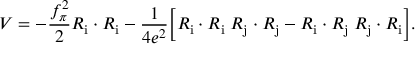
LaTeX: { \cal V } = - { \frac { f _ { \pi } ^ { 2 } } { 2 } } { \cal R } _ { \mathrm { i } } \cdot { \cal R } _ { \mathrm { i } } - { \frac { 1 } { 4 e ^ { 2 } } } \biggl [ { \cal R } _ { \mathrm { i } } \cdot { \cal R } _ { \mathrm { i } } \; { \cal R } _ { \mathrm { j } } \cdot { \cal R } _ { \mathrm { j } } - { \cal R } _ { \mathrm { i } } \cdot { \cal R } _ { \mathrm { j } } \; { \cal R } _ { \mathrm { j } } \cdot { \cal R } _ { \mathrm { i } } \biggr ] .